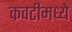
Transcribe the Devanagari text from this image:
कवटीमध्ये